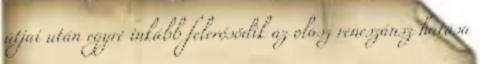
útjai után egyre inkább felerősödik az olasz reneszánsz hatása